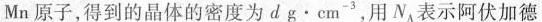
Mn原子，得到的晶体的密度为d g·cm^{-3}，用N_{A}表示阿伏加德